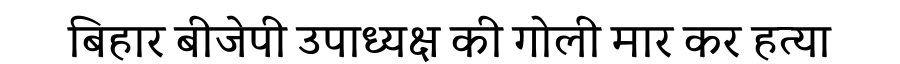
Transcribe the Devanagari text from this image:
बिहार बीजेपी उपाध्यक्ष की गोली मार कर हत्या